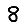
Digit: 8